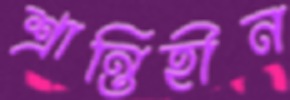
শ্রান্তিহীন